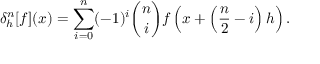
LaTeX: \delta _ { h } ^ { n } [ f ] ( x ) = \sum _ { i = 0 } ^ { n } ( - 1 ) ^ { i } { \binom { n } { i } } f \left( x + \left( { \frac { n } { 2 } } - i \right) h \right) .